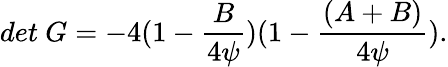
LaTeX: det\ G=-4(1-{\frac{B}{4\psi}})(1-{\frac{(A+B)}{4\psi}}).